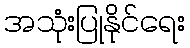
အသုံးပြုနိုင်ရေး